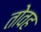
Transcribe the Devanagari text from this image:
तोवह